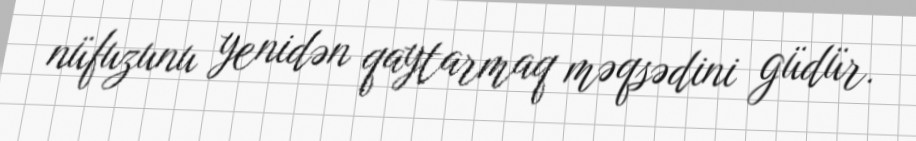
nüfuzunu yenidən qaytarmaq məqsədini güdür.